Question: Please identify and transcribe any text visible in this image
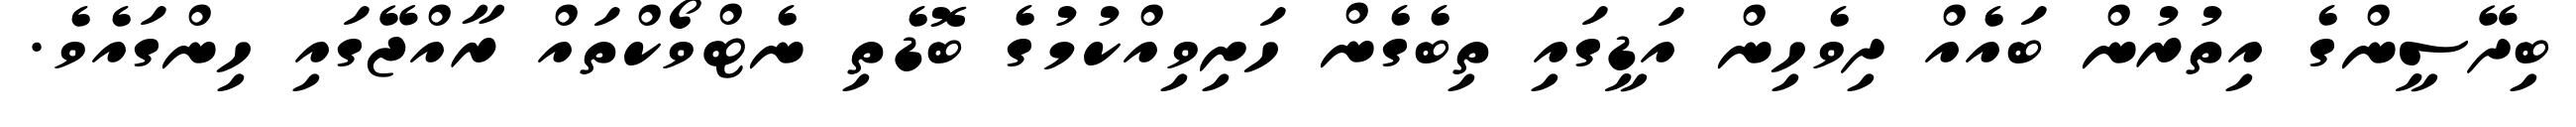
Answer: ބިދޭސީންގެ އިތުރުން ބައެއް ދިވެހިން އަޑީގައި ތިބެގެން ހަށިވިއްކުމުގެ ބޮޑެތި ނެޓްވޯކްތައް ރާއްޖޭގައި ހިންގައެވެ.